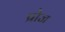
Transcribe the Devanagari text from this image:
प्रोज